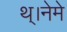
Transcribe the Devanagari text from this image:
थ्।नेमे